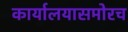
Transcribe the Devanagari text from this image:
कार्यालयासमोरच